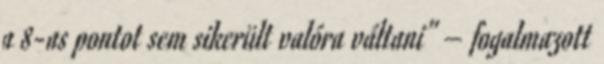
a 8-as pontot sem sikerült valóra váltani” – fogalmazott